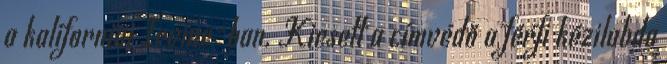
a kaliforniai Irvine-ban. Kiesett a címvédő a férfi kézilabda